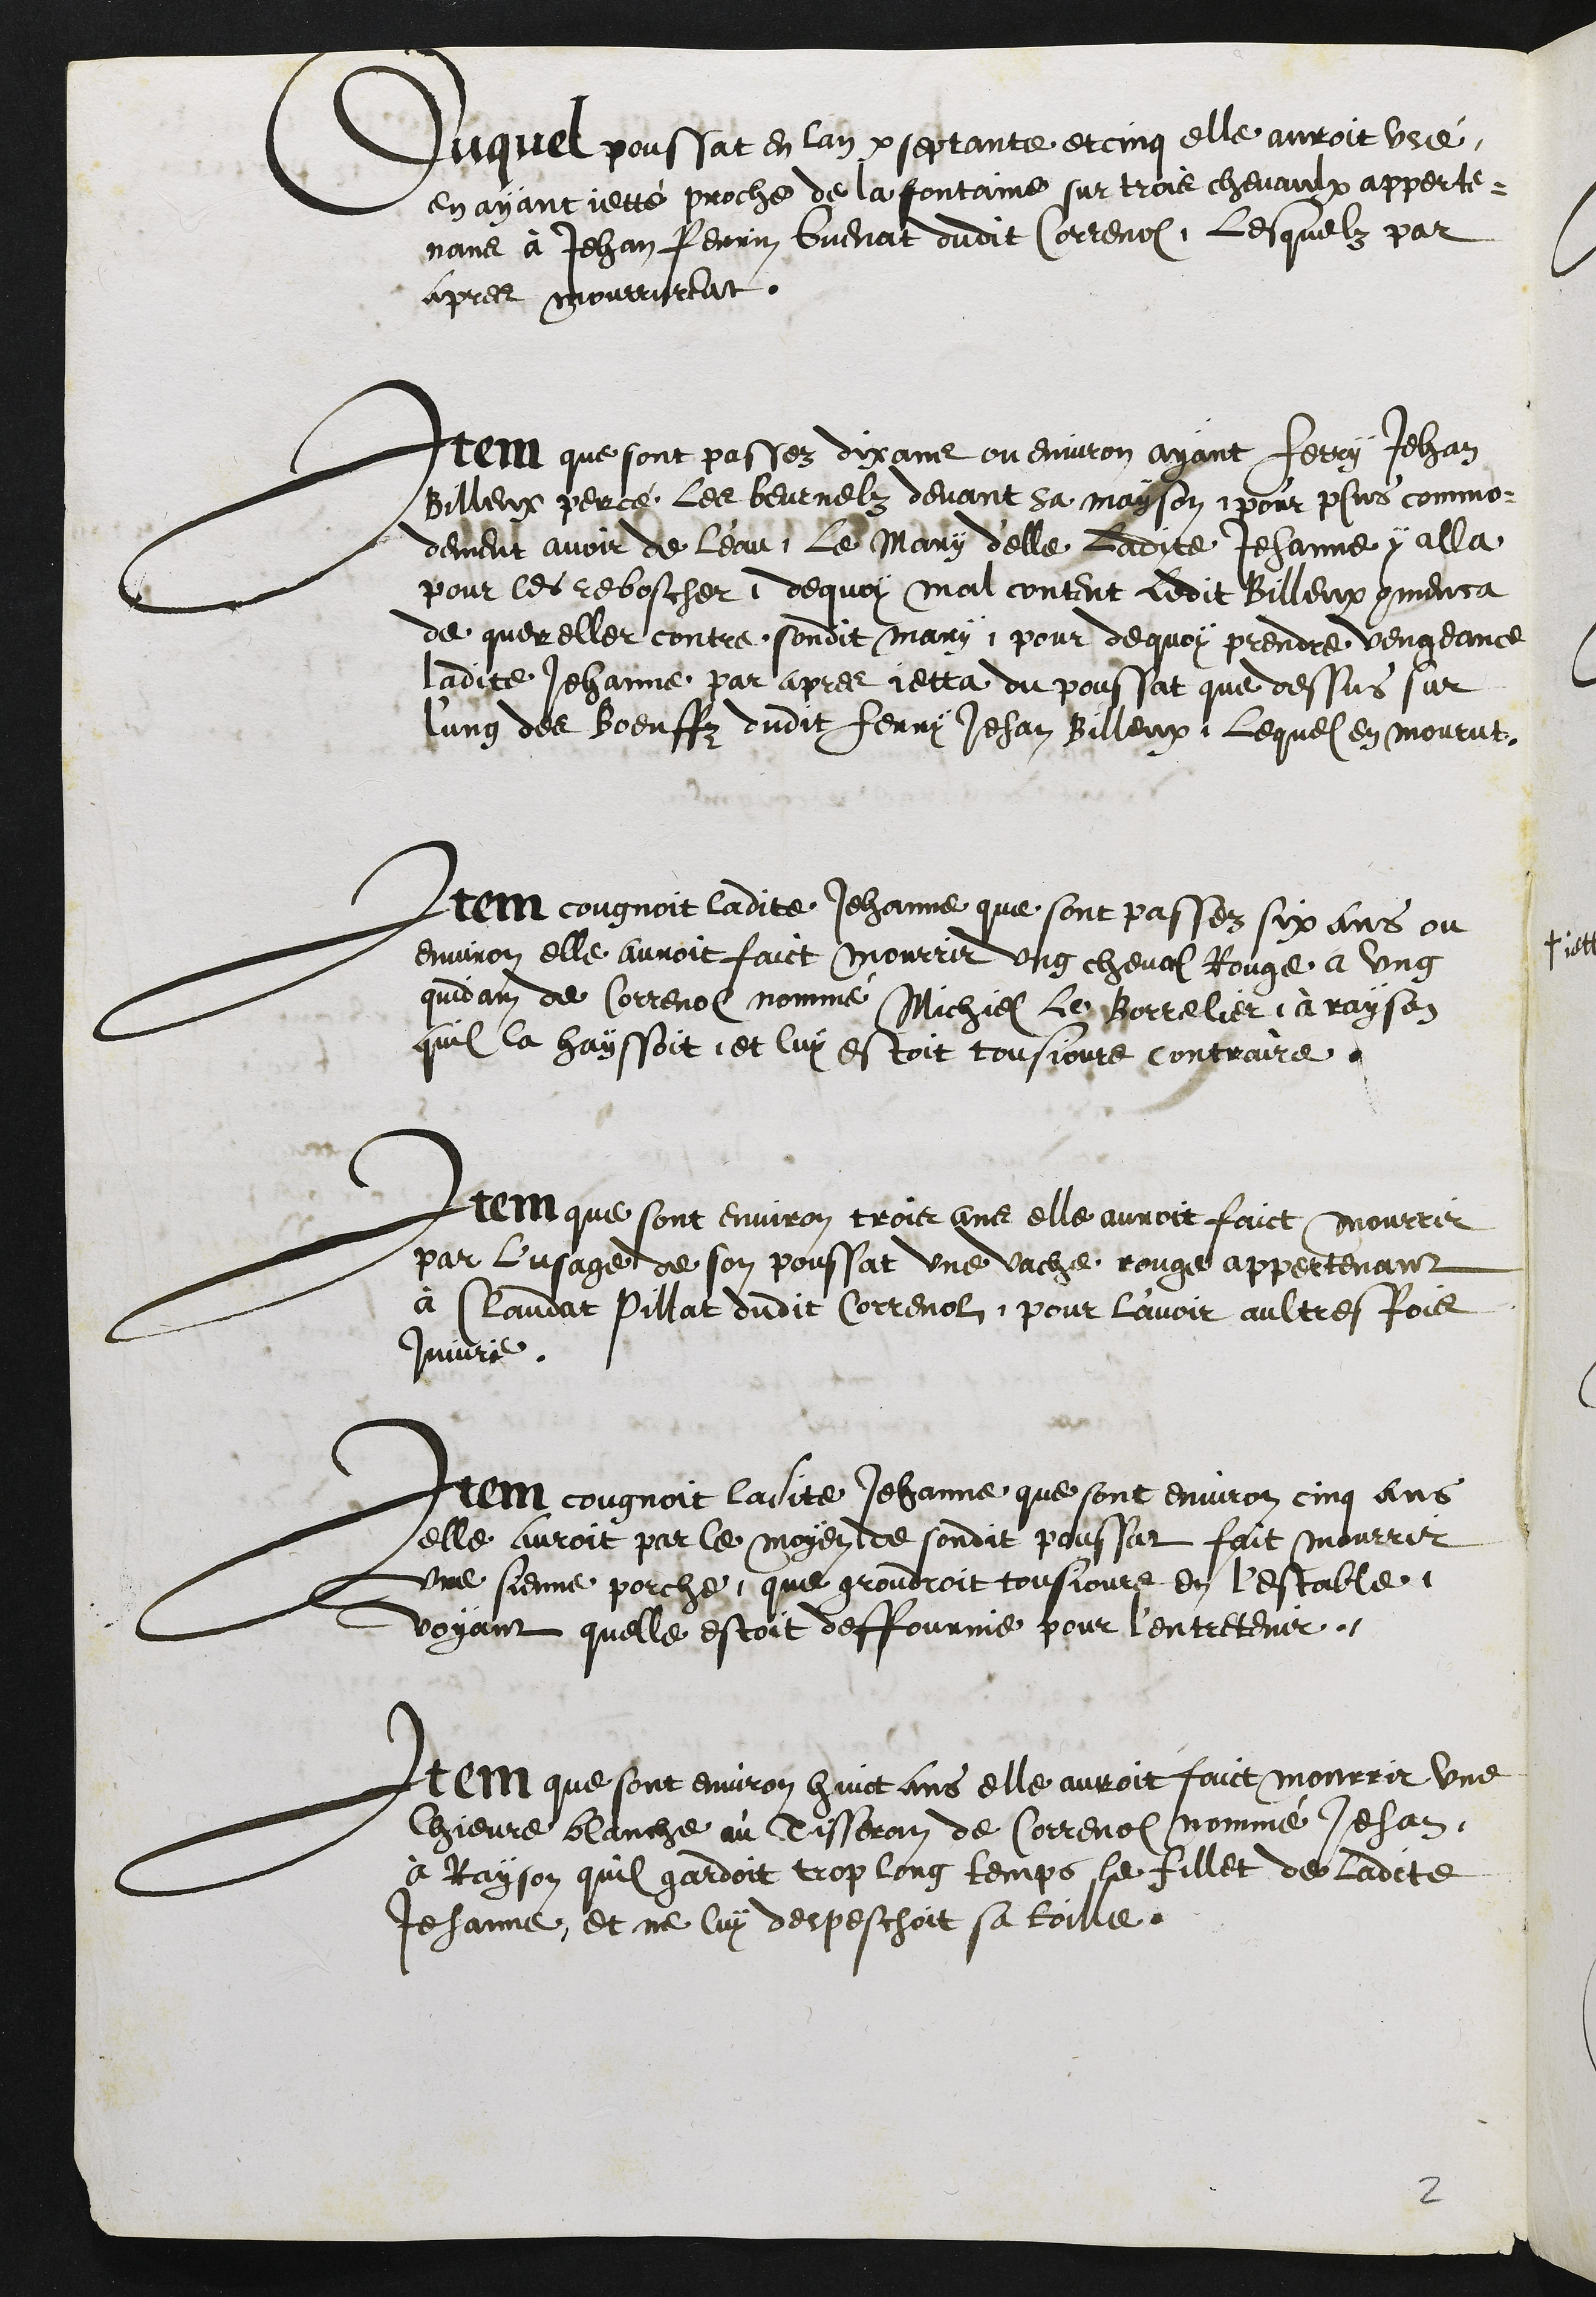
Duquel poussat en lan septante et cinq elle auroit usé
en ayant jetté proche de la fontaine sur trois chevaulx apperte¬
nans à Jehan Perrin Guenat dudit Correnol, lesquelz par
apres mourrurent.
Item que sont passez dix ans ou environ ayant Ferry Jehan
Billeux percé les beurnelz devant sa mayson, pour plus commo¬
dement avoir de l'eau, le mary d'elle ladite Jehanne y alla
pour les reboscher, dequoy mal content ledit Billeux commenca
de quereller contre sondit mary, pour de quoy prendre vengeance
ladite Jehanne par apres jetta du poussat que dessus sur
lung des boeuffz dudit Henry Jehan Billeux, lequel en mourut,
Item congnoit ladite Jehanne que sont passez six ans ou
environ elle auroit faict mourrir ung cheval Rouge a ung
quidam de Correnol nommé Michiel les Borrelier, à rayson
quil la hayssoit et luy estoit tousjours contraire
Item que sont environ trois ans elle auroit faict mourrir
par l'usage de son poussat une vache rouge appertenant
à Claudat Pillat dudit Correnol, pour l'avoir aultresfois
Injurie.
Item cougnoit ladite Jehanne que sont environ cinq ans
elle auroit par le moyen de sondit poussat fait mourrir
une sienne porche que grondroit tousjours en l'estable,
voyant quelle estoit deffournie pour l'entretenir
Item que sont environ huict ans elle auroit faict mourrir une
Chievre blanche au Tisseran de Correnol nommé Jehan,
à Rayson quil gardoit trop long temps le fillet de ladite
Jehanne, et ne luy despeschoit sa toille.